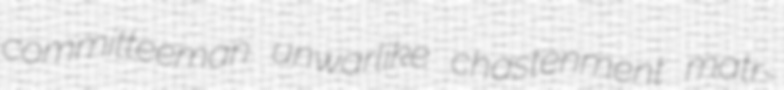
committeeman unwarlike chastenment matr-